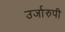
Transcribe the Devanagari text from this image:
उर्जारुपी